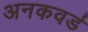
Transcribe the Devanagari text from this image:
अनकवर्ड